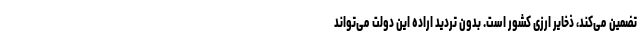
تضمین می‌کند، ذخایر ارزی کشور است. بدون تردید اراده این دولت می‌تواند